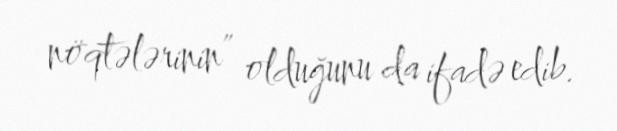
nöqtələrinin” olduğunu da ifadə edib.